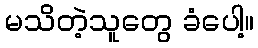
မသိတဲ့သူတွေ ခံပေါ့။